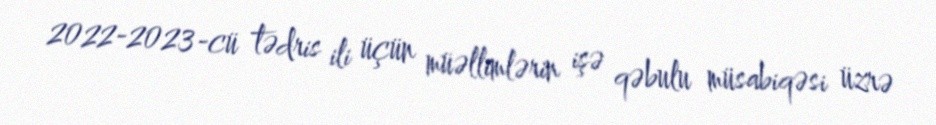
2022-2023-cü tədris ili üçün müəllimlərin işə qəbulu müsabiqəsi üzrə